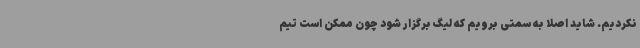
نکردیم. شاید اصلا به سمتی برویم که لیگ برگزار شود چون ممکن است تیم